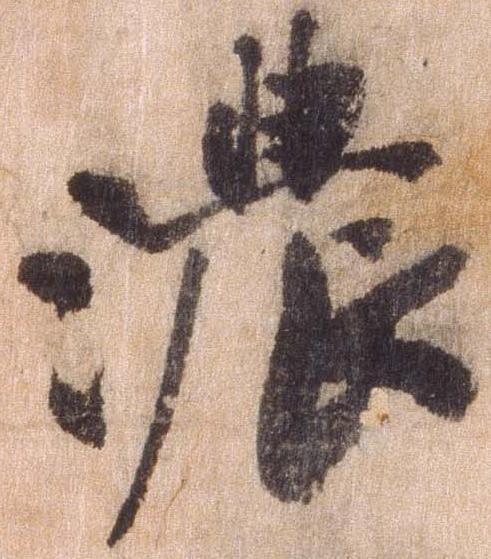
濃